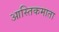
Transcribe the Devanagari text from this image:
आस्तिकमाता